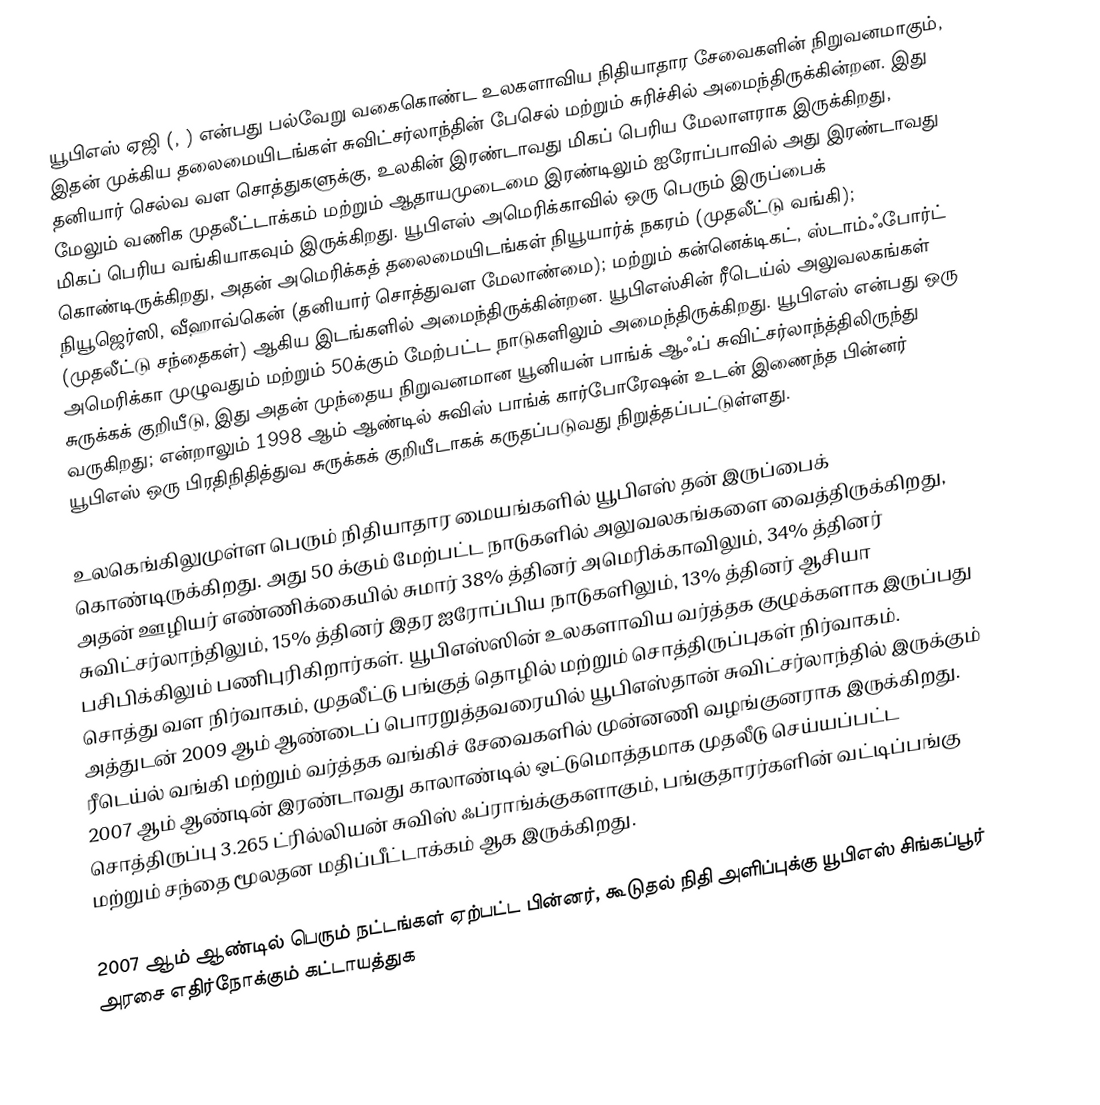
யூபிஎஸ் ஏஜி  (, ) என்பது பல்வேறு வகைகொண்ட உலகளாவிய நிதியாதார சேவைகளின் நிறுவனமாகும், இதன் முக்கிய தலைமையிடங்கள் சுவிட்சர்லாந்தின் பேசெல் மற்றும் சுரிச்சில் அமைந்திருக்கின்றன. இது தனியார் செல்வ வள சொத்துகளுக்கு, உலகின் இரண்டாவது மிகப் பெரிய மேலாளராக இருக்கிறது, மேலும் வணிக முதலீட்டாக்கம் மற்றும் ஆதாயமுடைமை இரண்டிலும் ஐரோப்பாவில் அது இரண்டாவது மிகப் பெரிய வங்கியாகவும் இருக்கிறது. யூபிஎஸ் அமெரிக்காவில் ஒரு பெரும் இருப்பைக் கொண்டிருக்கிறது, அதன் அமெரிக்கத் தலைமையிடங்கள் நியூயார்க் நகரம் (முதலீட்டு வங்கி); நியூஜெர்ஸி, வீஹாவ்கென் (தனியார் சொத்துவள மேலாண்மை); மற்றும் கன்னெக்டிகட், ஸ்டாம்ஃபோர்ட் (முதலீட்டு சந்தைகள்) ஆகிய இடங்களில் அமைந்திருக்கின்றன. யூபிஎஸ்சின் ரீடெய்ல் அலுவலகங்கள் அமெரிக்கா முழுவதும் மற்றும் 50க்கும் மேற்பட்ட நாடுகளிலும் அமைந்திருக்கிறது. யூபிஎஸ்  என்பது ஒரு சுருக்கக் குறியீடு, இது அதன் முந்தைய நிறுவனமான யூனியன் பாங்க் ஆஃப் சுவிட்சர்லாந்த்திலிருந்து வருகிறது; என்றாலும் 1998 ஆம் ஆண்டில் சுவிஸ் பாங்க் கார்போரேஷன் உடன் இணைந்த பின்னர் யூபிஎஸ்  ஒரு பிரதிநிதித்துவ சுருக்கக் குறியீடாகக் கருதப்படுவது நிறுத்தப்பட்டுள்ளது.

உலகெங்கிலுமுள்ள பெரும் நிதியாதார மையங்களில் யூபிஎஸ் தன் இருப்பைக் கொண்டிருக்கிறது. அது 50 க்கும் மேற்பட்ட நாடுகளில் அலுவலகங்களை வைத்திருக்கிறது, அதன் ஊழியர் எண்ணிக்கையில் சுமார் 38% த்தினர் அமெரிக்காவிலும், 34% த்தினர் சுவிட்சர்லாந்திலும், 15% த்தினர் இதர ஐரோப்பிய நாடுகளிலும், 13% த்தினர் ஆசியா பசிபிக்கிலும் பணிபுரிகிறார்கள். யூபிஎஸ்ஸின் உலகளாவிய வர்த்தக குழுக்களாக இருப்பது சொத்து வள நிர்வாகம், முதலீட்டு பங்குத் தொழில் மற்றும் சொத்திருப்புகள் நிர்வாகம். அத்துடன் 2009 ஆம் ஆண்டைப் பொரறுத்தவரையில் யூபிஎஸ்தான் சுவிட்சர்லாந்தில் இருக்கும் ரீடெய்ல் வங்கி மற்றும் வர்த்தக வங்கிச் சேவைகளில் முன்னணி வழங்குனராக இருக்கிறது. 2007 ஆம் ஆண்டின் இரண்டாவது காலாண்டில் ஒட்டுமொத்தமாக முதலீடு செய்யப்பட்ட சொத்திருப்பு 3.265 ட்ரில்லியன் சுவிஸ் ஃப்ராங்க்குகளாகும், பங்குதாரர்களின் வட்டிப்பங்கு  மற்றும் சந்தை மூலதன மதிப்பீட்டாக்கம்  ஆக இருக்கிறது.

2007 ஆம் ஆண்டில் பெரும் நட்டங்கள் ஏற்பட்ட பின்னர், கூடுதல் நிதி அளிப்புக்கு யூபிஎஸ் சிங்கப்பூர் அரசை எதிர்நோக்கும் கட்டாயத்துக